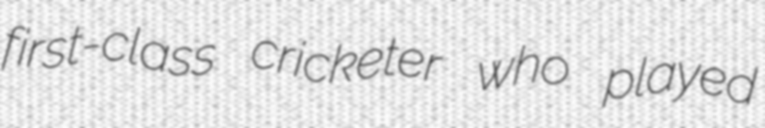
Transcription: first-class cricketer who played